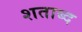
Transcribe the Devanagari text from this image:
शताब्द